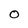
Character: O